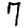
Digit: 7